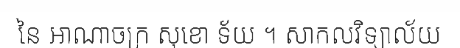
នៃ អាណាចក្រ សុខោ ទ័យ ។ សាកលវិទ្យាល័យ